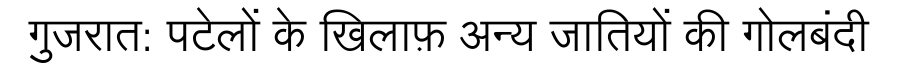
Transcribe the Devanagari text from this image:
गुजरात: पटेलों के खिलाफ़ अन्य जातियों की गोलबंदी